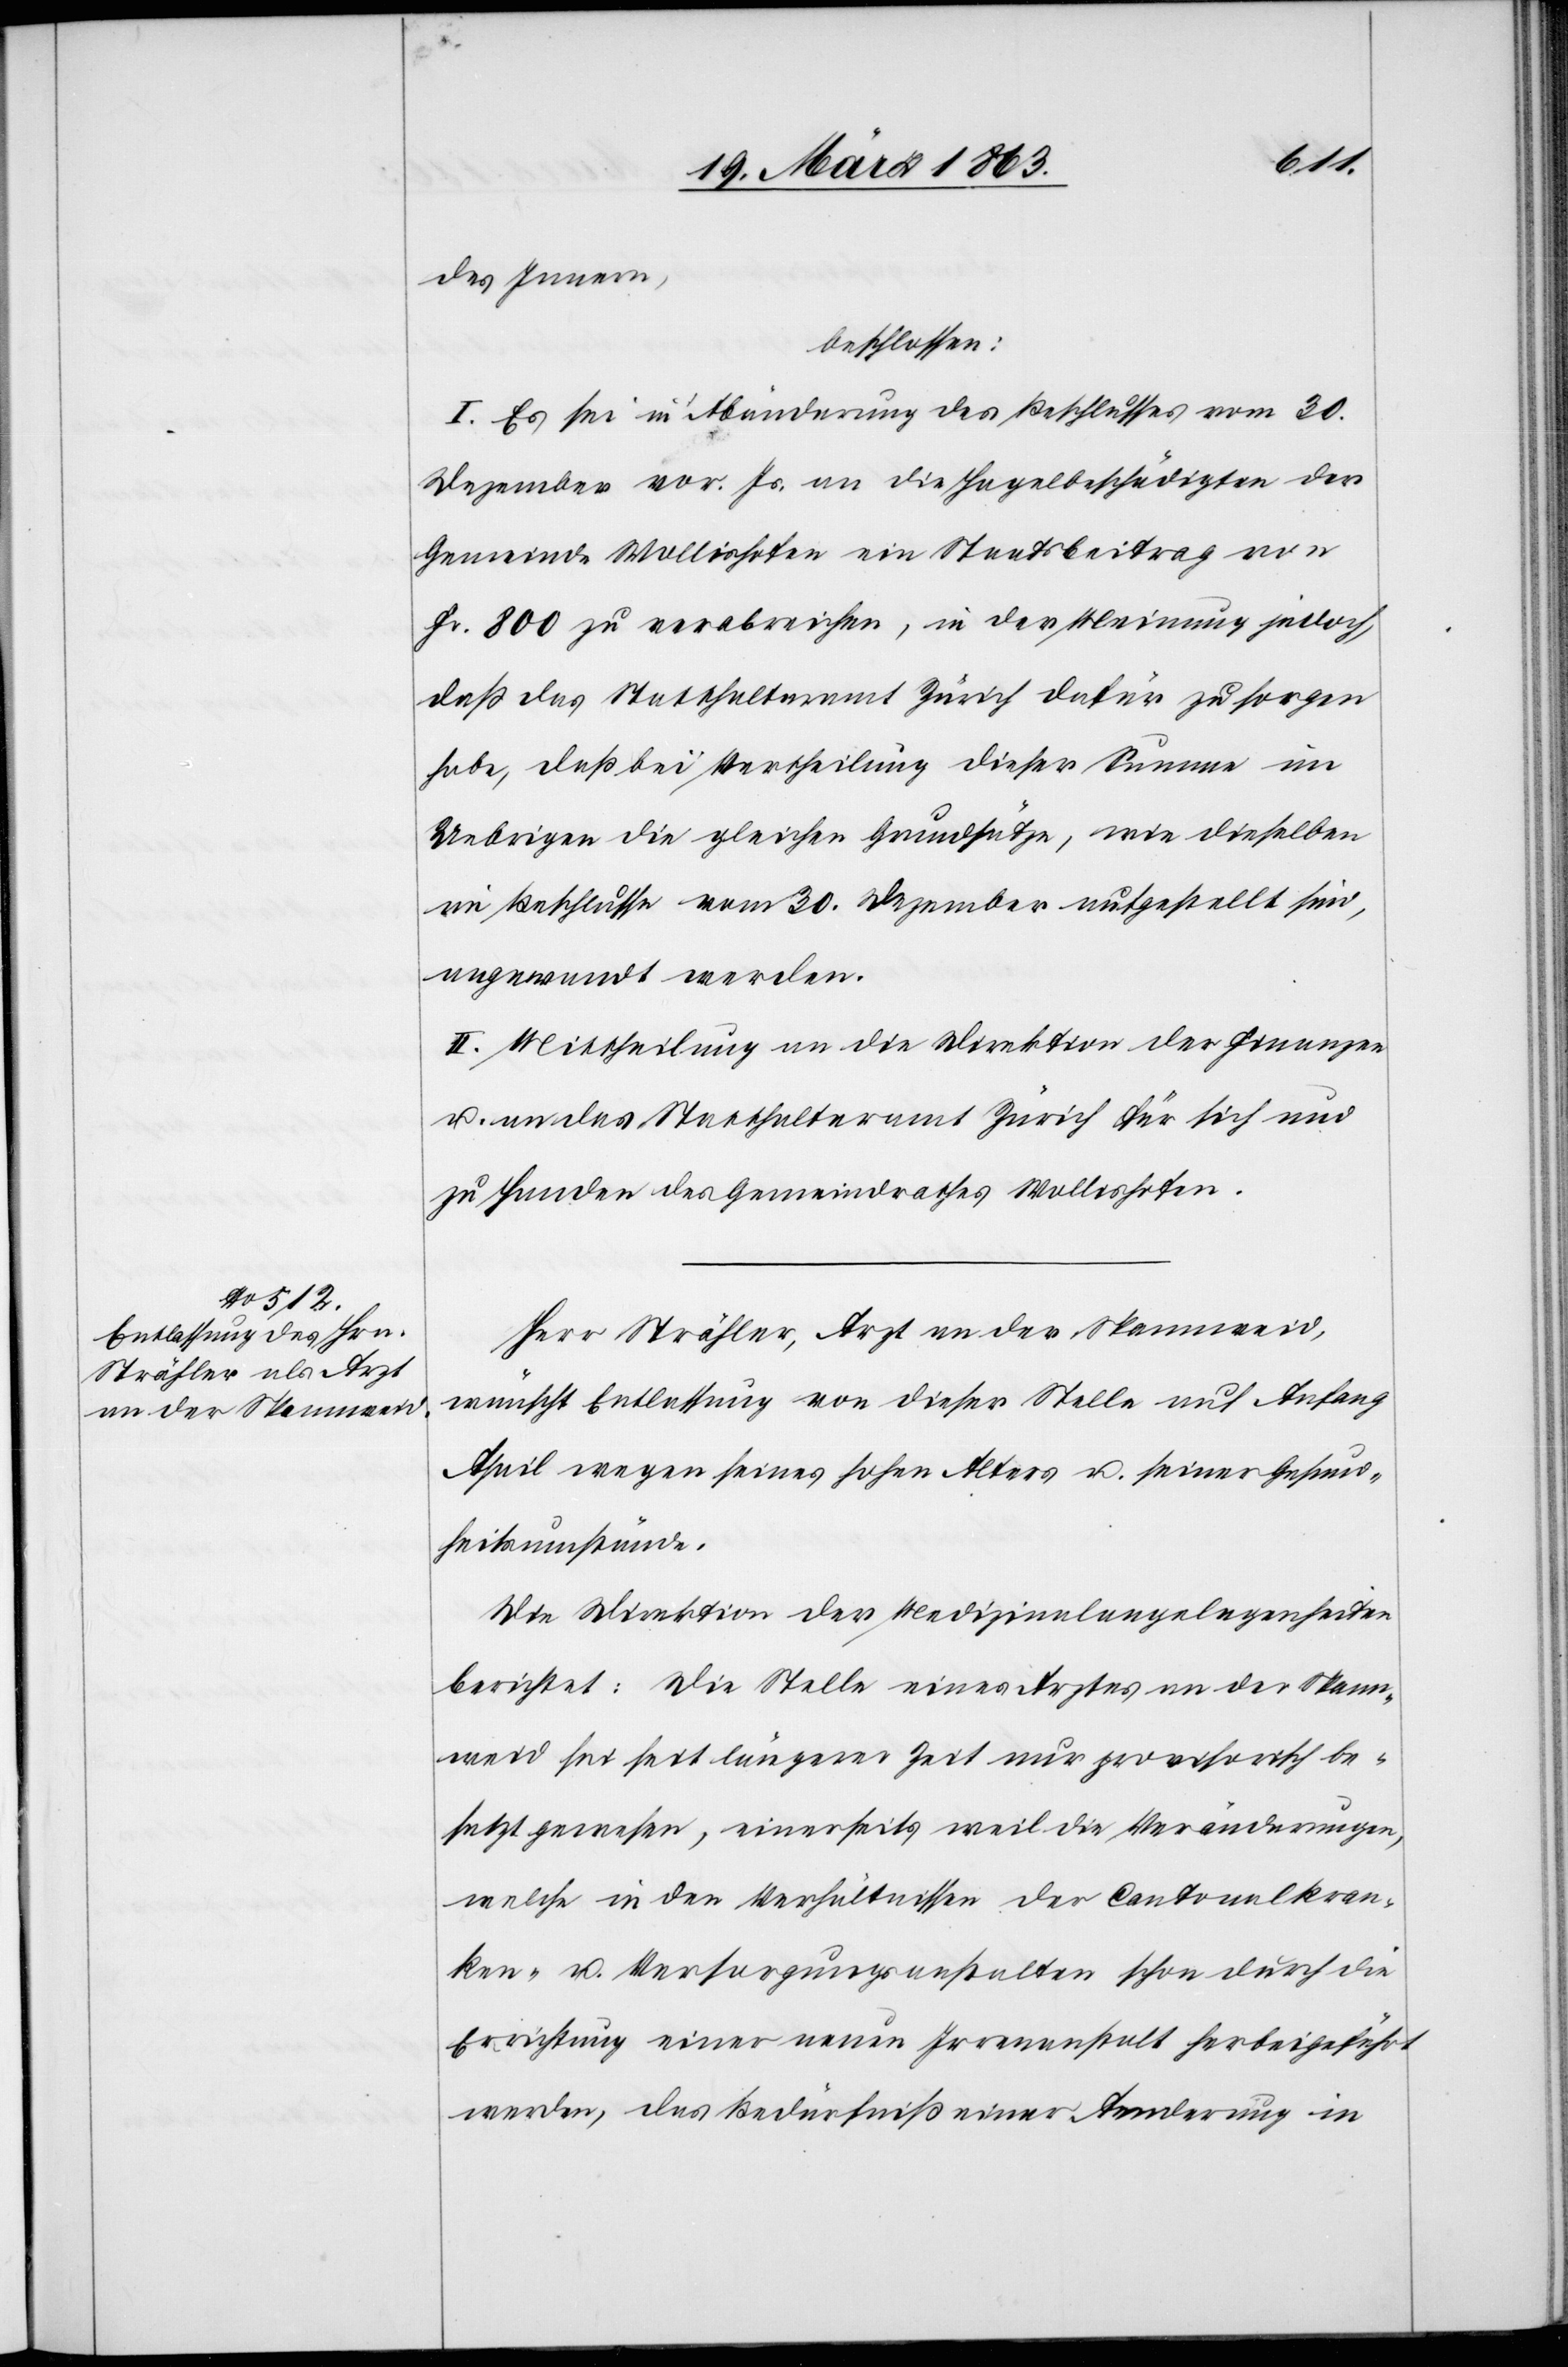
des Innern,
beschlossen:
I. Es sei in Abänderung des Beschlusses vom 30.
Dezember vor. Js. an die Hagelbeschädigten der
Gemeinde Wollishofen ein Staatsbeitrag von
Fr. 800 zu verabreichen, in der Meinung jedoch,
daß das Statthalteramt Zürich dafür zu sorgen
habe, daß bei Vertheilung dieser Summe im
Uebrigen die gleichen Grundsätze, wie dieselben
im Beschlusse vom 30. Dezember aufgestellt sind,
angewandt werden.
II. Mittheilung an die Direktion der Finanzen
u. an das Statthalteramt Zürich für sich und
zu Handen des Gemeindrathes Wollishofen.
Herr Strähler, Arzt an der Spannweid,
wünscht Entlassung von dieser Stelle auf Anfang
April wegen seines hohen Alters u. seiner Gesund¬
heitsumstände.
Die Direktion der Medizinalangelegenheiten
berichtet: Die Stelle eines Arztes an der Spann¬
weid sei seit längerer Zeit nur provisorisch be¬
setzt gewesen, einerseits weil die Veränderungen,
welche in den Verhältnissen der Cantonalkran¬
ken- u. Versorgungsanstalten schon durch die
Errichtung einer neuen Irrenanstalt herbeigeführt
werden, das Bedürfniß einer Aenderung in